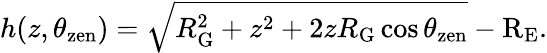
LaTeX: h(z,\theta_{\mathrm{zen}})=\sqrt{R_{\mathrm{G}}^{2}+z^{2}+2zR_{\mathrm{G}}\cos\theta_{\mathrm{zen}}}-\mathrm{R_{E}}.